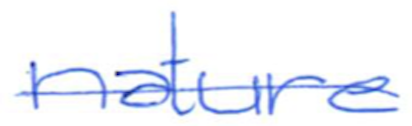
Text: nature
Cross-out: single-line
Writing tool: ballpoint